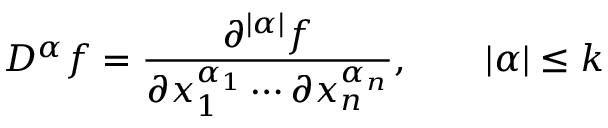
D ^ { \alpha } f = { \frac { \partial ^ { | \alpha | } f } { \partial x _ { 1 } ^ { \alpha _ { 1 } } \cdots \partial x _ { n } ^ { \alpha _ { n } } } } , \qquad | \alpha | \leq k